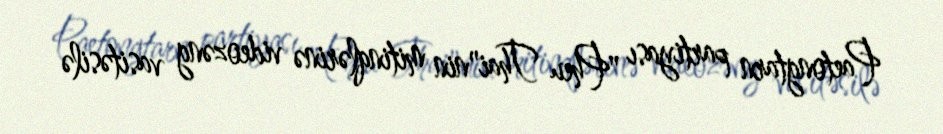
Paetongtarn partiyası "Pheu Thai"nin mitinqlərinə videozəng vasitəsilə